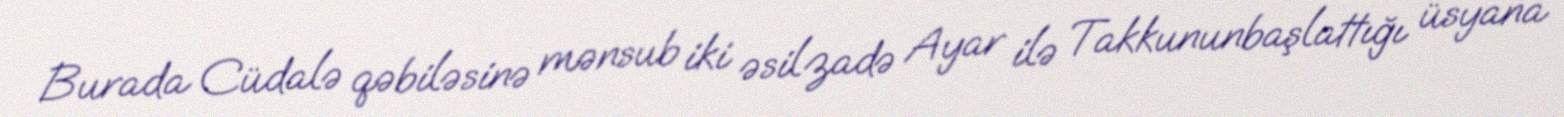
Burada Cüdalə qəbiləsinə mənsub iki əsilzadə Ayar ilə Takkununbaşlattığı üsyana